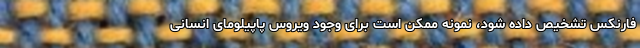
فارنکس تشخیص داده شود، نمونه ممکن است برای وجود ویروس پاپیلومای انسانی